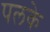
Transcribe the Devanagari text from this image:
पलके